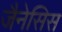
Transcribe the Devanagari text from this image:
जैनेसिस